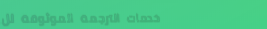
خدمات الترجمة الموثوقة لل